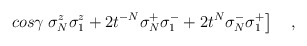
\begin{align*}\left. cos \gamma \; \sigma_N^z\sigma_1^z + 2t^{-N}\sigma_N^+\sigma_1^- + 2t^N\sigma_N^- \sigma_1^+\right]\quad ,\end{align*}